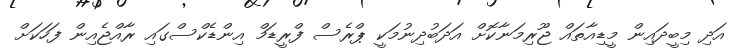
އަދި މިބީދައިން މީޑިއާތައް ޖޫރިމަނާކޮށް އަދަބުދިނުމަކީ ޕްރެސް ފްރީޑަމް އިންޑެކްސްގައި ރާއްޖެއިން ފަހަކަށް